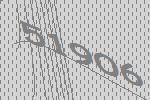
51906